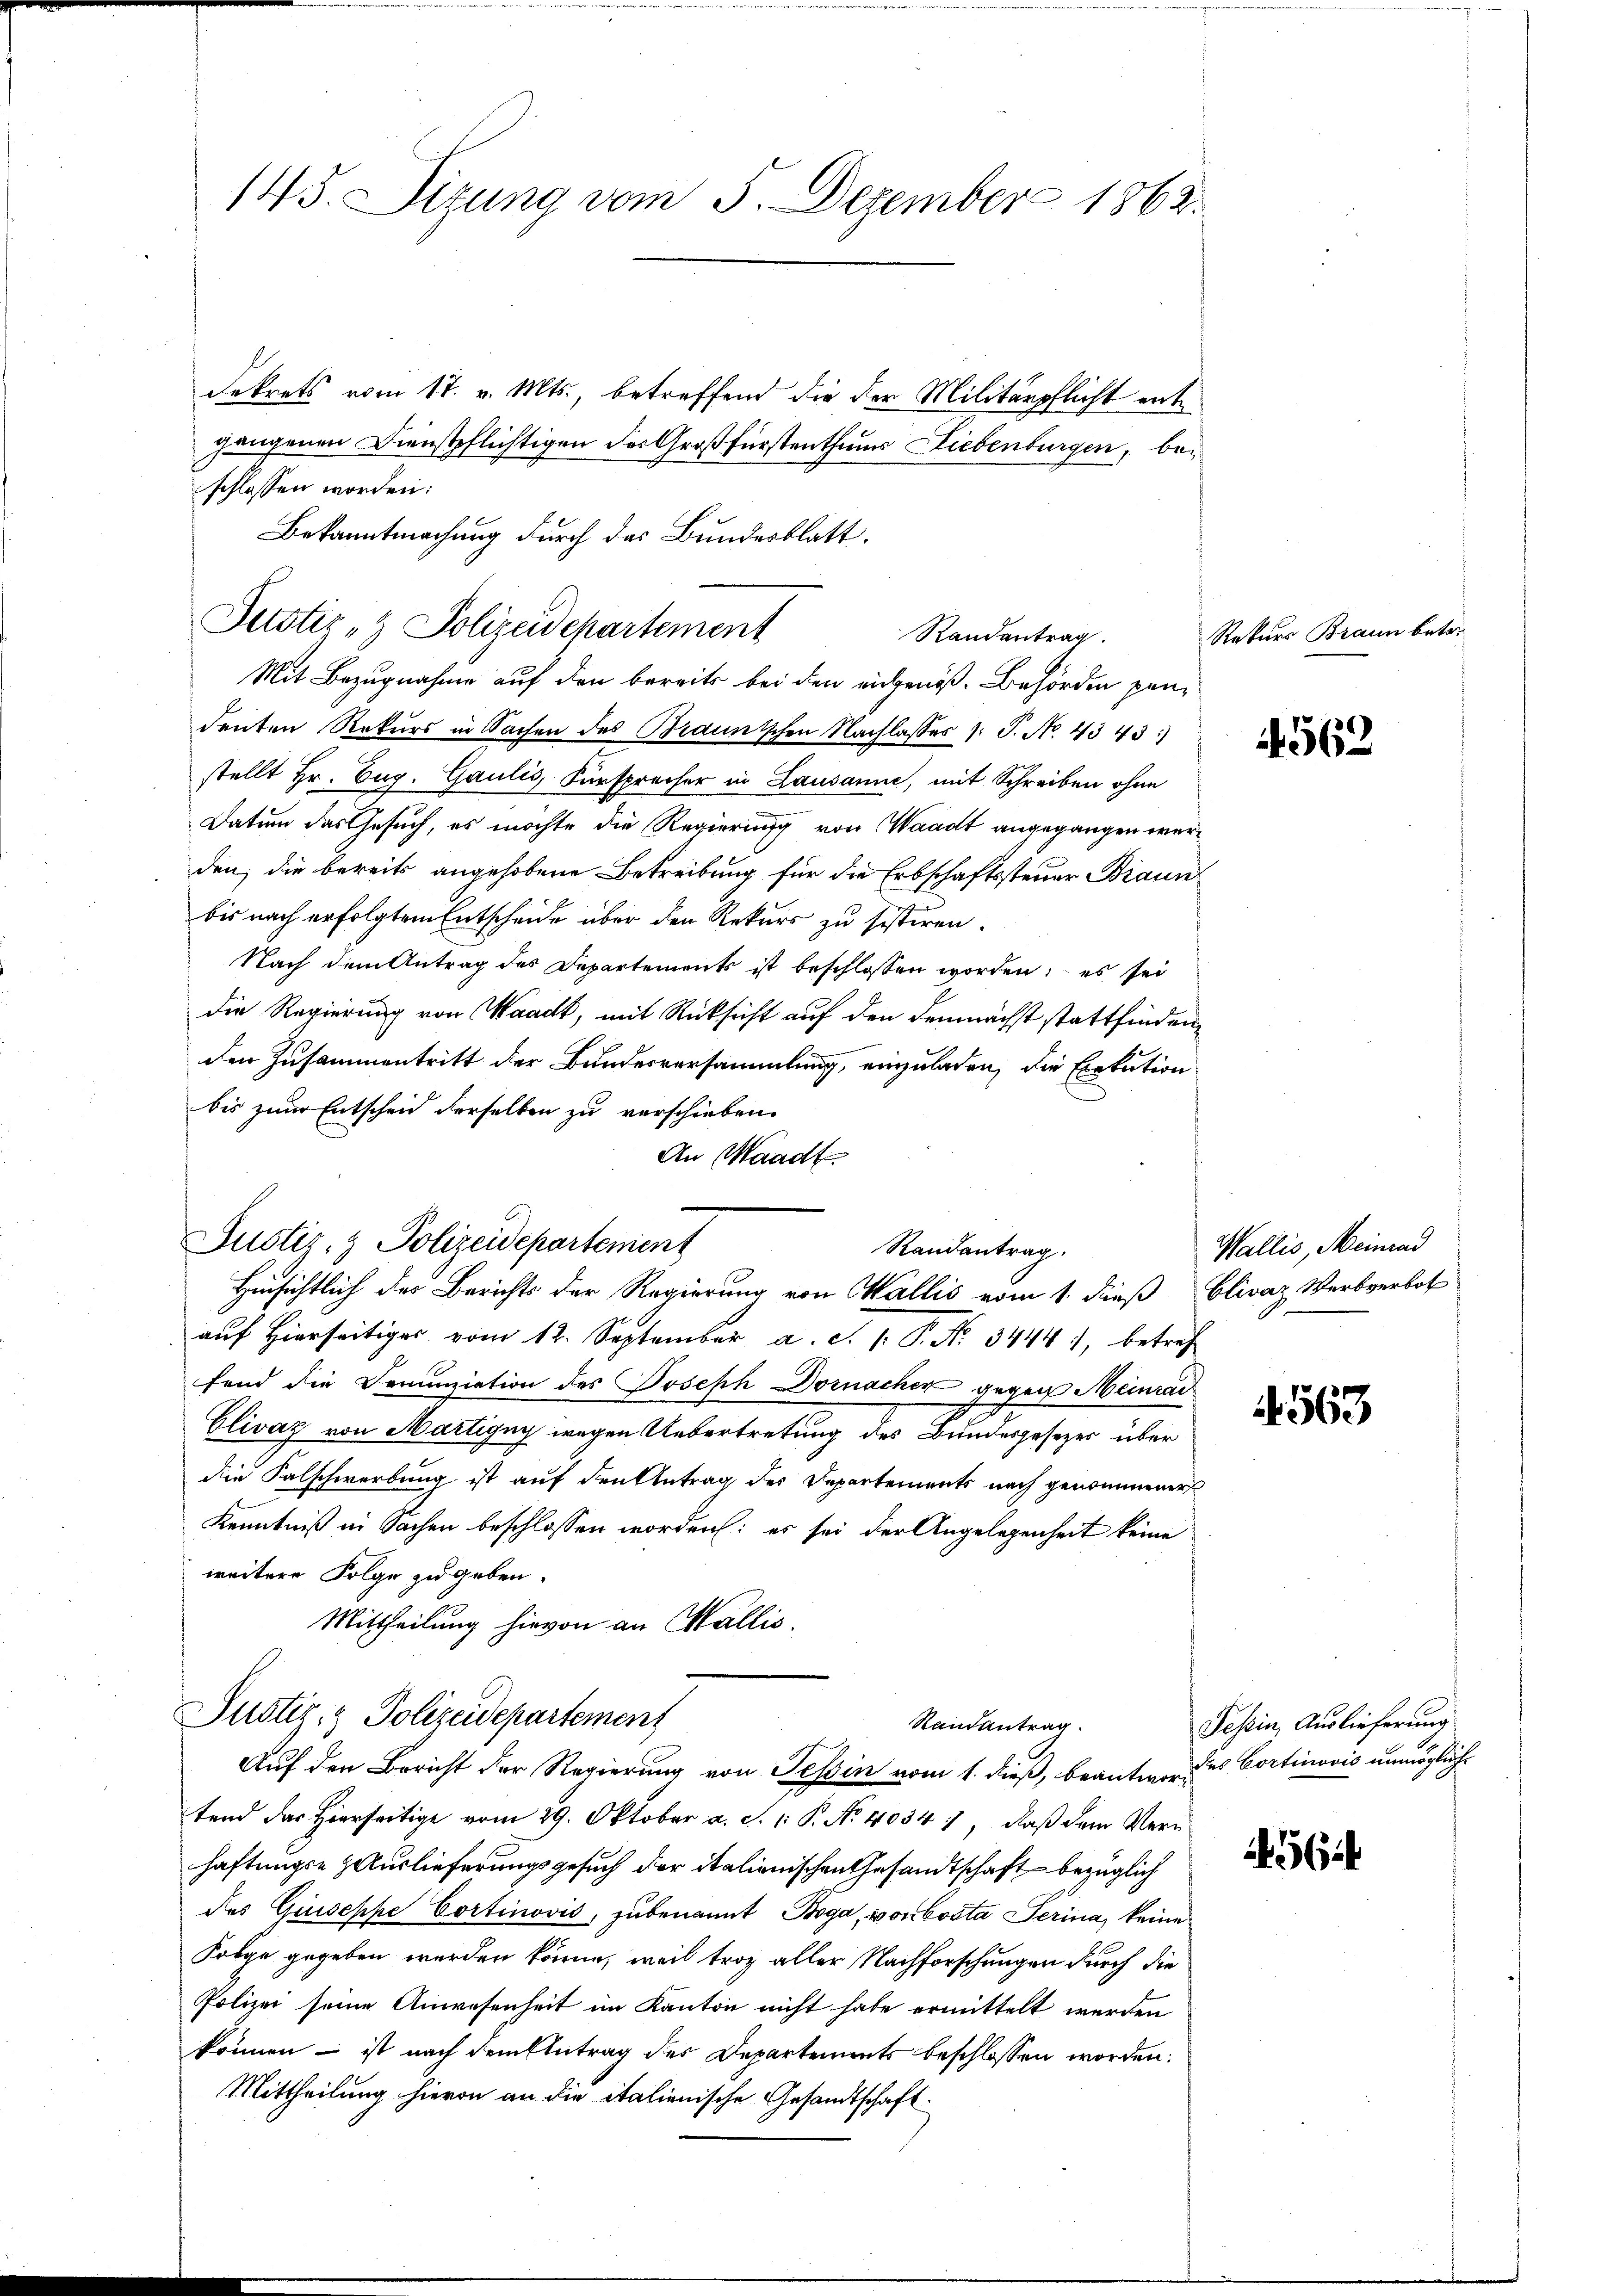
145. Sitzung vom 5. Dezember 1862.

dekrets vom 17. v. Mts., betreffend die der Militärpflicht entgangenen Dienstpflichtigen des Großfürstenthums Liebenburgen, beschlossen worden:
Bekanntmachung durch das Bundesblatt.

Justiz- & Polizeidepartement
Randentrag.

Mit Bezugnahme auf den bereits bei den eingenoß. Behörden pendenten Rekurs in Sachen des Brauntschen Nachlasses /: P. No. 4343)
stellt Hr. Eug. Gaulis, Fürsprecher in Lausanne, mit Schreiben ohne
Datum das Gesuch, es möchte die Regierung von Waadt angegangen werden, die bereits angehobene Betreibung für die Erbschaftssteuer Braun
bis nach erfolgtem Entscheide über den Rekurs zu sistiren.
Nach dem Antrag des Departements ist beschlossen worden; es sei
die Regierung von Waadt, mit Rücksicht auf den demnächst stattfinden,
den Zusammentritt der Bundesversammlung, einzuladen, die Exekution
bis zum Entscheid derselben zu verschieben.
An Waadt.
Justiz- & Polizeidepartement
Randantrag.
Hinsichtlich des Berichts der Regierung von Wallis vom 1. dieß Clivaz Werbverbot
auf Hierseitiger vom 12. September a. S. P. P. Nr. 3444), betref
fend die Denunziation des Joseph Dornacher gegen Meinrad
Glivaz von Martigny wegen Uebertretung des Bundesgesetzes über
die Falschwerbung ist auf den Antrag des Departements nach genommener
Kenntniß in Sachen beschlossen worden: es sei der Angelegenheit keine
weitere Folge zu geben.
Mittheilung hievon an Wallis.

Justiz- & Polizeidepartement
Randantrag.
Auf den Bericht der Regierung von Tessin vom 1. dieß, beantwordes Cortinović unmöglich¬

tend das hierseitige vom 29. Oktober a. d. 1. P. Nr. 4034 1, daβ dem Wern
haftungs- Hauslieferungsgesuch der italienischen Gesandtschaft bezüglich
des Guseppe Cortinović, zu benannt Boga, von Costa Serina, keine
Folge gegeben werden könne, weil troz aller Nachforschungen durch die
Polizei seine Anwesenheit im Kanton nicht habe ermittelt werden
können – ist nach dem Antrag des Departements beschlossen worden.
Mittheilung hievon an die italienische Gesandtschaft.

Rekurs Braun betr.

4562

Wallis, Meinrad

563

Tessin, Auslieferung

56